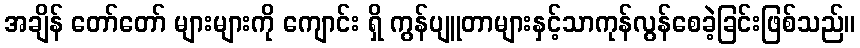
အချိန် တော်တော် များများကို ကျောင်း ရှိ ကွန်ပျူတာများနှင့်သာကုန်လွန်စေခဲ့ခြင်းဖြစ်သည်။